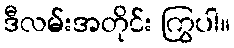
ဒီလမ်းအတိုင်း ကြွပါ။